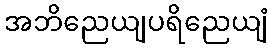
အဘိညေယျပရိညေယျံ